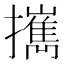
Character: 𢹂